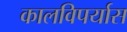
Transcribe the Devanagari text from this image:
कालविपर्यास